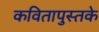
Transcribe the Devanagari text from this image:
कवितापुस्तके